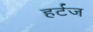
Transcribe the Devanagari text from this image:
हर्टज